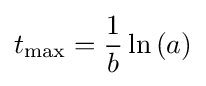
t_{\rm {max}}={1 \over b}\ln \left({a}\right)